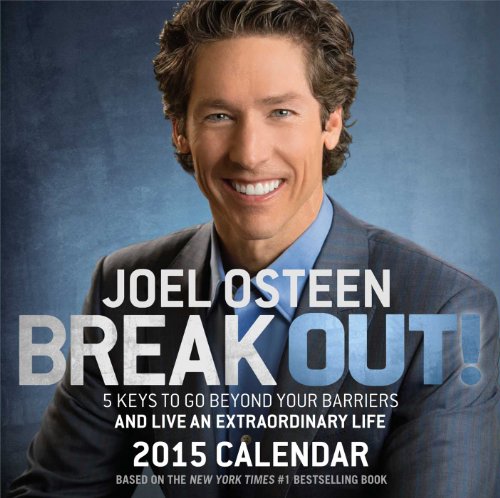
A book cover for Break Out! 2015 Day-to-Day Calendar; Joel Osteen; Calendars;